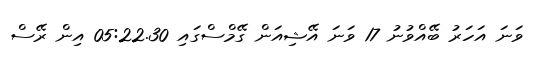
ވަނަ އަހަރު ބޭއްވުނު 17 ވަނަ އޭޝިއަން ގޭމްސްގައި 05:22.30 އިން ރޭސް